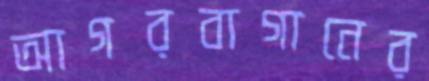
আগরবাগানের